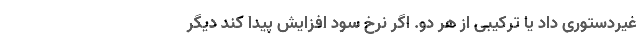
غیردستوری داد یا ترکیبی از هر دو. اگر نرخ سود افزایش پیدا کند دیگر